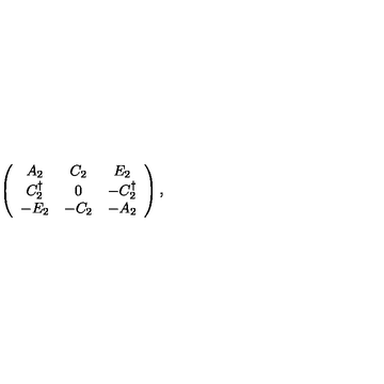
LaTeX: \left( \begin{array} { c c c } { A _ { 2 } } & { C _ { 2 } } & { E _ { 2 } } \\ { C _ { 2 } ^ { \dagger } } & { 0 } & { - C _ { 2 } ^ { \dagger } } \\ { - E _ { 2 } } & { - C _ { 2 } } & { - A _ { 2 } } \\ \end{array} \right) ,